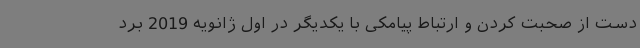
دست از صحبت کردن و ارتباط پیامکی با یکدیگر در اول ژانویه 2019 برد